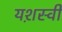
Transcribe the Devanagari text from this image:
यश़स्वी